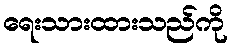
ရေးသားထားသည်ကို